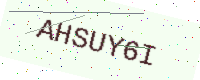
Text: AHSUY6I